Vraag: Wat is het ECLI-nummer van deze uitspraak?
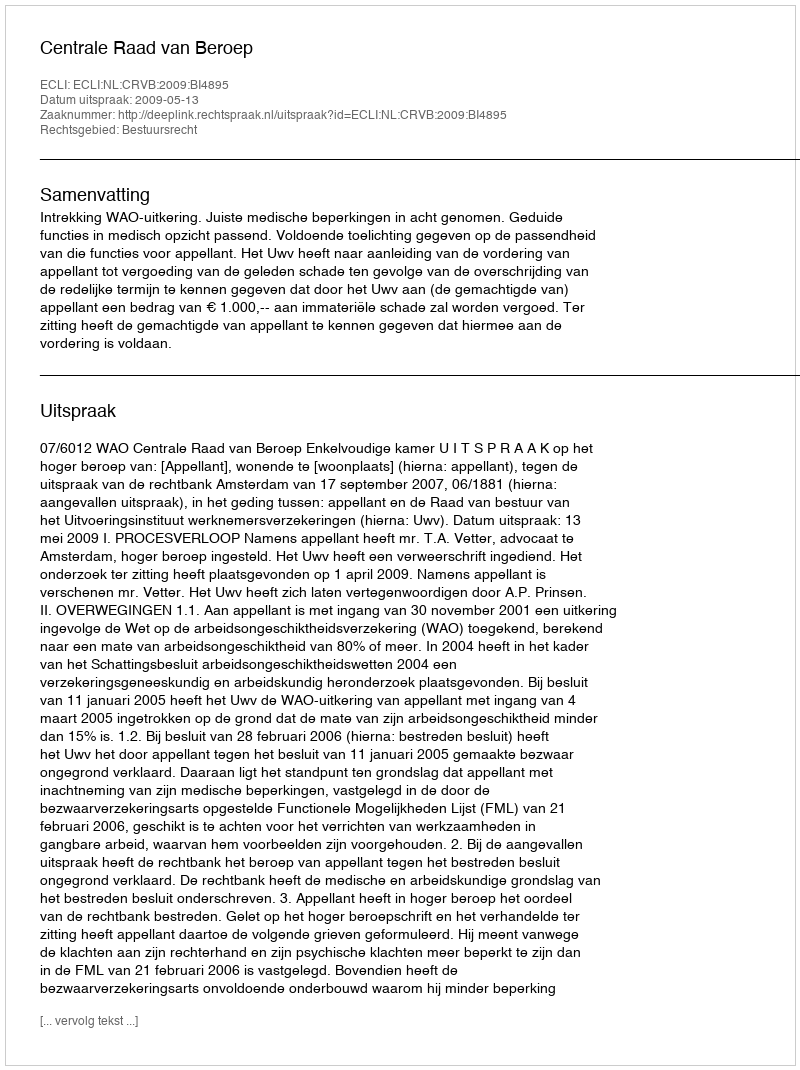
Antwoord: ECLI:NL:CRVB:2009:BI4895